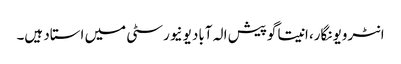
انٹرویو نگار، انیتا گوپیش الہ آباد یونیورسٹی میں استاد ہیں۔